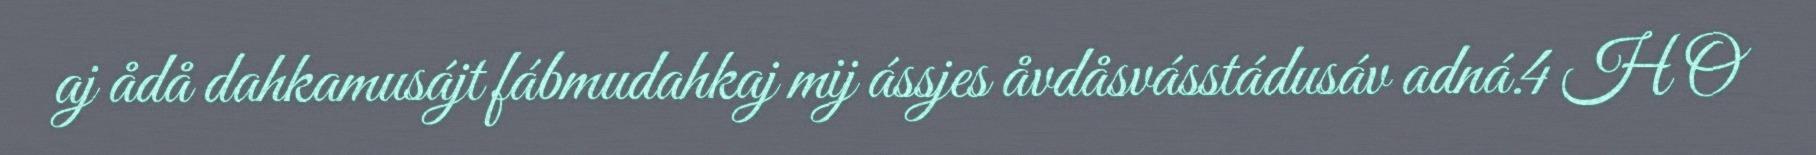
aj ådå dahkamusájt fábmudahkaj mij ássjes åvdåsvásstádusáv adná.4 H O